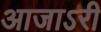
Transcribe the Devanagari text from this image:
आजाऽरी